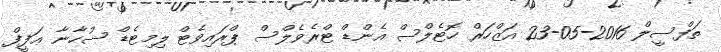
ތަފްސީލް 2016-05-23 އަޒްހަރް ހޮޓެލްސް އެންޑް ޓްރެވެލްސް ޕްރައިވެޓް ލިމިޓެޑް ސުހާނާ ޢަފީފް